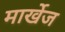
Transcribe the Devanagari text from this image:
मार्खेज